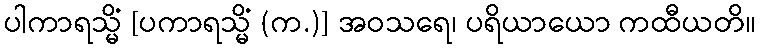
ပါကာရသ္မိံ [ပကာရသ္မိံ (က.)] အဝသရေ၊ ပရိယာယော ကထီယတိ။